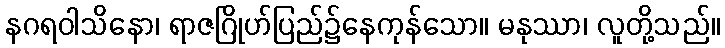
နဂရဝါသိနော၊ ရာဇဂြိုဟ်ပြည်၌နေကုန်သော။ မနုဿာ၊ လူတို့သည်။